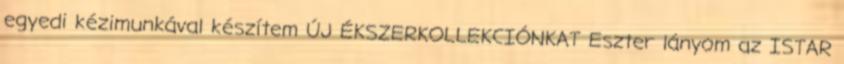
egyedi kézimunkával készítem ÚJ ÉKSZERKOLLEKCIÓNKAT Eszter lányom az ISTAR